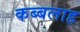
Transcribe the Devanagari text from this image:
कब्बलाह